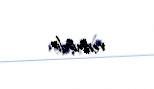
vermişdir.